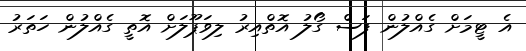
އެ ޓީމަށް ގެއްލުން ފަސް ގޯލު އޮތްއިރު ލިވަޕޫލަށް އޮތީ ގެއްލުން ހަތަރު